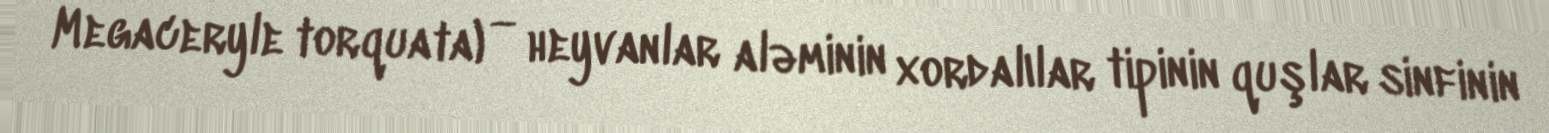
Megaceryle torquata) — heyvanlar aləminin xordalılar tipinin quşlar sinfinin